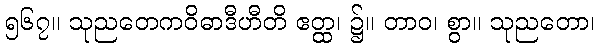
၅၆၇။ သုညတေကဝိဓာဒီဟီတိ ဧတ္ထ၊ ၌။ တာဝ၊ စွာ။ သုညတော၊